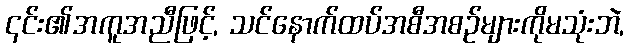
၎င်း၏အကူအညီဖြင့်, သင်နောက်ထပ်အစီအစဉ်များကိုမသုံးဘဲ,